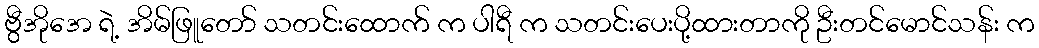
ဗွီအိုအေ ရဲ့ အိမ်ဖြူတော် သတင်းထောက် က ပါရီ က သတင်းပေးပို့ထားတာကို ဦးတင်မောင်သန်း က